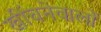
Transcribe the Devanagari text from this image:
खींचनेवालों